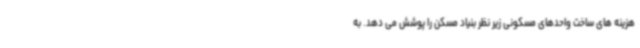
هزینه های ساخت واحدهای مسکونی زیر نظر بنیاد مسکن را پوشش می دهد. به